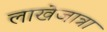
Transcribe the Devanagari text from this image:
लाखेजात्रा